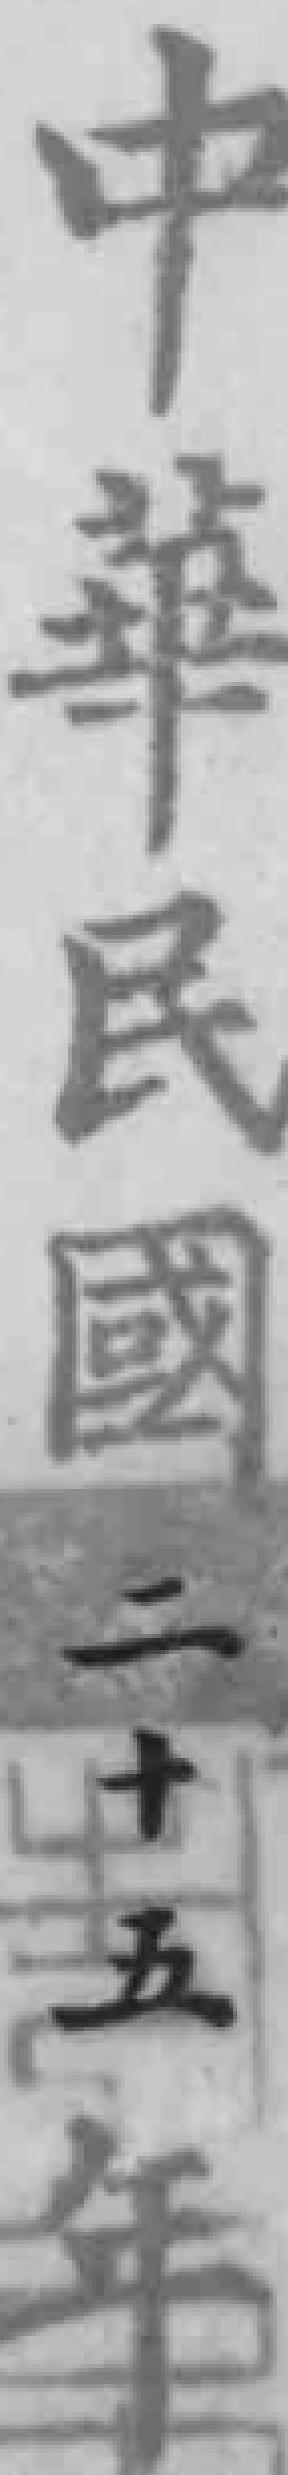
中华民國二五年